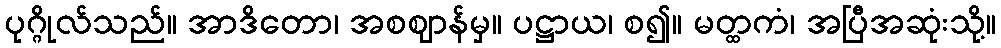
ပုဂ္ဂိုလ်သည်။ အာဒိတော၊ အစဈာန်မှ။ ပဋ္ဌာယ၊ စ၍။ မတ္ထကံ၊ အပြီအဆုံးသို့။